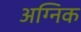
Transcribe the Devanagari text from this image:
अग्निक